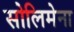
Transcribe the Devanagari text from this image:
सोलिमेना